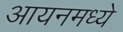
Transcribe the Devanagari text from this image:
आयनमध्ये